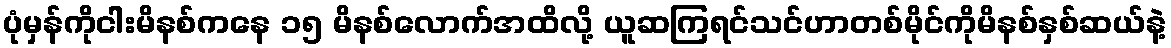
ပုံမှန်ကိုငါးမိနစ်ကနေ ၁၅ မိနစ်လောက်အထိလို့ ယူဆကြရင်သင်ဟာတစ်မိုင်ကိုမိနစ်နှစ်ဆယ်နဲ့